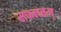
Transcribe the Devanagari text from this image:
सफलतम्